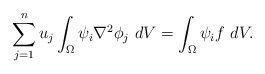
LaTeX: \begin{align*}\sum_{j=1}^{n}u_{j}\int_{\Omega}\psi_{i}\nabla^{2}\phi_{j}\ dV=\int_{\Omega}\psi_{i}f\ dV.\end{align*}